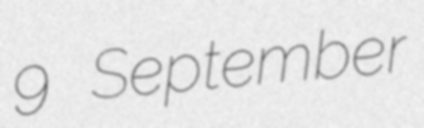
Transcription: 9 September